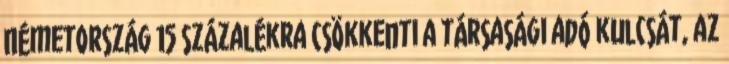
Németország 15 százalékra csökkenti a társasági adó kulcsát, az